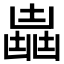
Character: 𠚛